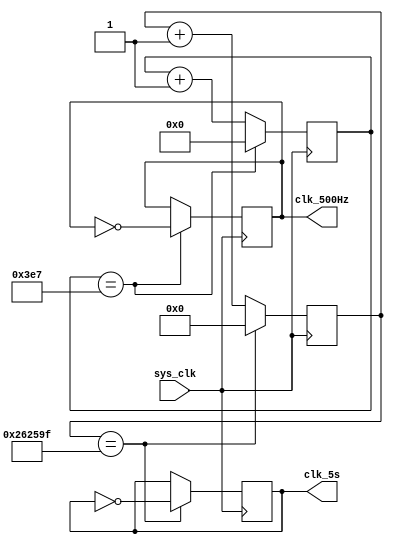
module rtcClkDivider (
	input sys_clk,    // 1 MHz
	output clk_500Hz, // 500 Hz
	output clk_5s  // 0.2 Hz
);

parameter KEYCHANGE_PERIOD = 5;  // DO NOT CHANGE THE NAME OF THIS PARAMETER 
// AND MAKE SURE TO USE THIS PARAMETER INSTEAD OF HARDCODING OTHER VALUES

reg[10:0] counter1 = 0;
reg[127:0] counter2 = 0;
reg clk1 = 0;
reg clk2 = 0;

parameter max1 = 1000;
parameter max2 = 1000000 * KEYCHANGE_PERIOD / 2;
always@(posedge sys_clk)begin
	if(counter1 == max1-1)begin
		counter1 <= 0;
		clk1 <= ~clk1;
	end
	else counter1 <= counter1 + 1;
	
	if(counter2 == max2-1)begin
		counter2 <= 0;
		clk2 <= ~clk2;
	end
	else	counter2 <= counter2 + 1;
end	

assign clk_500Hz = clk1;
assign clk_5s = clk2;

endmodule